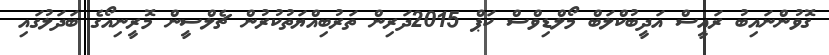
ގޮވުންނައިބު ރައީސް އަދީބުކްލަބް މޯލްޑިވްސް ކަޕް 2015ދަރިން ތަރުބިއްޔަތުކުރުން ޗެލްސީން މޮރީނިއޯގެ ބަދަލުގައި